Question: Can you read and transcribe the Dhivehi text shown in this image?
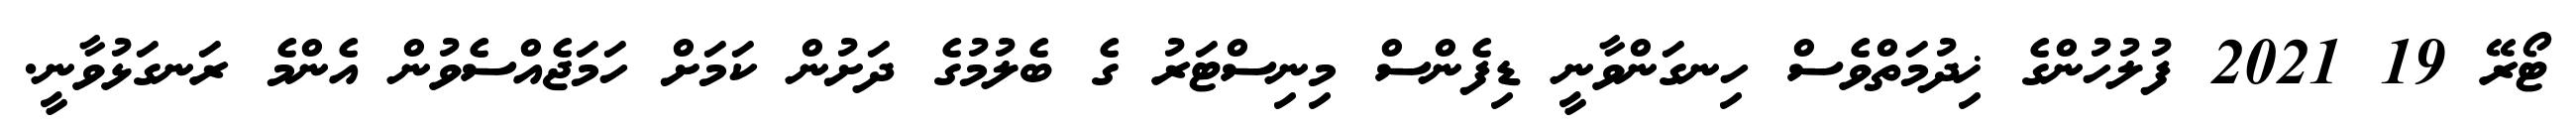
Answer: ޓޯރޭ 19 2021 ފުލުހުންގެ ޚިދުމަތްވެސް ހިނގަންވާނީ ޑިފެންސް މިނިސްޓަރު ގެ ބެލުމުގެ ދަށުން ކަމަށް ހަމަޖެއްސެވުން އެންމެ ރަނގަޅުވާނީ.